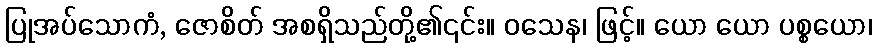
ပြုအပ်သောကံ, ဇောစိတ် အစရှိသည်တို့၏၎င်း။ ဝသေန၊ ဖြင့်။ ယော ယော ပစ္စယော၊